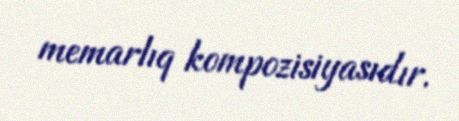
memarlıq kompozisiyasıdır.